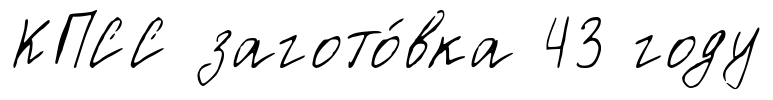
КПСС загото́вка 43 году